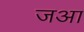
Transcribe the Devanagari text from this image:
जआ